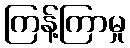
ကြန့်ကြာမှု